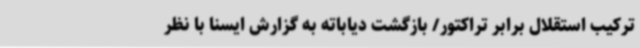
ترکیب استقلال برابر تراکتور/ بازگشت دیاباته به گزارش ایسنا با نظر